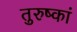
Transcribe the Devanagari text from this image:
तुरुष्कां